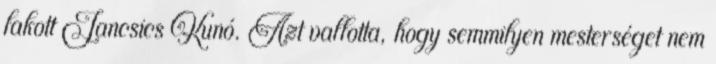
lakott Jancsics Kunó. Azt vallotta, hogy semmilyen mesterséget nem